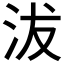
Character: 沷